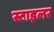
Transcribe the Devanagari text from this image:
स्टाइलर